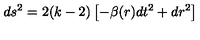
d s ^ { 2 } = 2 ( k - 2 ) \left[ - \beta ( r ) d t ^ { 2 } + d r ^ { 2 } \right]